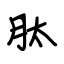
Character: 肽